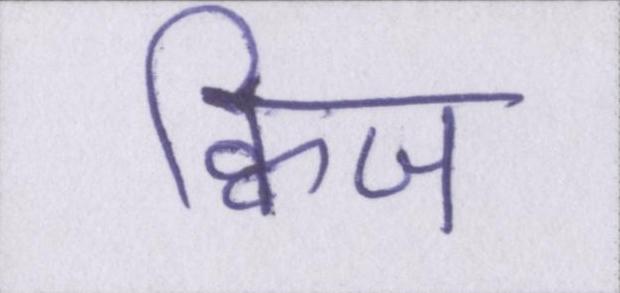
क्विज